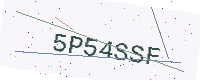
Text: 5P54SSF